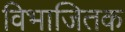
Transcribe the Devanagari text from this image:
विभाजितक